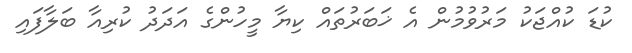
ކުޑަ ކުއްޖަކު މަރުވުމުން އެ ޚަބަރުތައް ކިޔާ މީހުންގެ އަދަދު ކުރިއާ ބަލާފައި